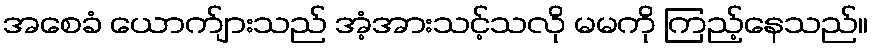
အစေခံ ယောက်ျားသည် အံ့အားသင့်သလို မမကို ကြည့်နေသည်။